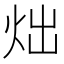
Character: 炪